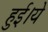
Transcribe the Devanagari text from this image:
हुई।ये